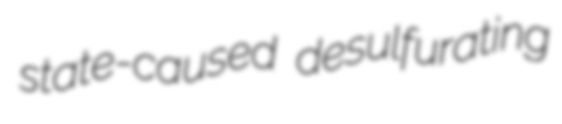
state-caused desulfurating